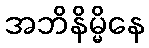
အဘိနိမ္မိနေ